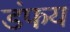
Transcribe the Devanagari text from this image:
डंफय